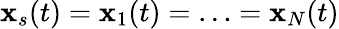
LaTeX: \mathbf{x}_{s}(t)=\mathbf{x}_{1}(t)=\ldots=\mathbf{x}_{N}(t)